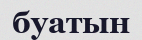
буатын